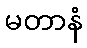
မတာနံ